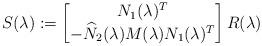
LaTeX: \begin{align*} S(\lambda) := \begin{bmatrix}N_1 (\lambda)^T \\-\widehat{N}_2 (\lambda) M(\lambda) N_1 (\lambda)^T\end{bmatrix} R(\lambda)\end{align*}